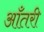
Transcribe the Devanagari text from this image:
आँतरी